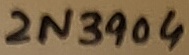
Text: 2N3904